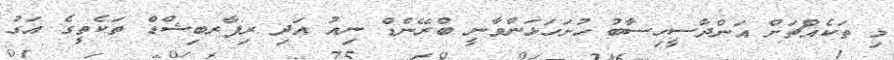
މި ތަކެއްޗަށް އަންދާސީހިސާބު ހުށަހަޅަންވާނީ ބްރޭންޑް ނިއު އަދި ރިފާރބިޝްޑް ތަކެތީގެ އަގު